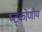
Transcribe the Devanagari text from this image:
ष्ट्कोणीय